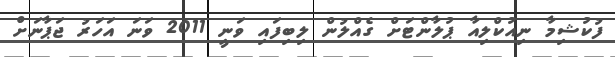
ފުކުޝިމާ ނިއުކްލިއާ ޕުލާންޓަށް ގެއްލުން ލިބިފައި ވަނީ 2011 ވަނަ އަހަރު ޖަޕާނަށް